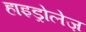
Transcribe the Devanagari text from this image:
हाइड्रोलेज़